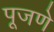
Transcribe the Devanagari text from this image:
पूजणे